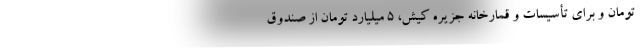
تومان و برای تأسیسات و قمارخانه جزیره کیش، ۵ میلیارد تومان از صندوق